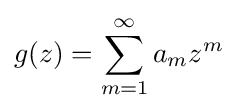
g(z)=\sum _{m=1}^{\infty }a_{m}z^{m}